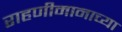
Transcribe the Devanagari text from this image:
राहणीमानाच्या